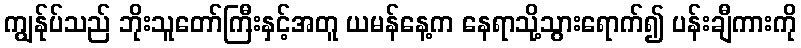
ကျွန်ုပ်သည် ဘိုးသူတော်ကြီးနှင့်အတူ ယမန်နေ့က နေရာသို့သွားရောက်၍ ပန်းချီကားကို